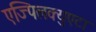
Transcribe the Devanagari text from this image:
एज्पिलक्युएटा